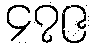
၄၇၉